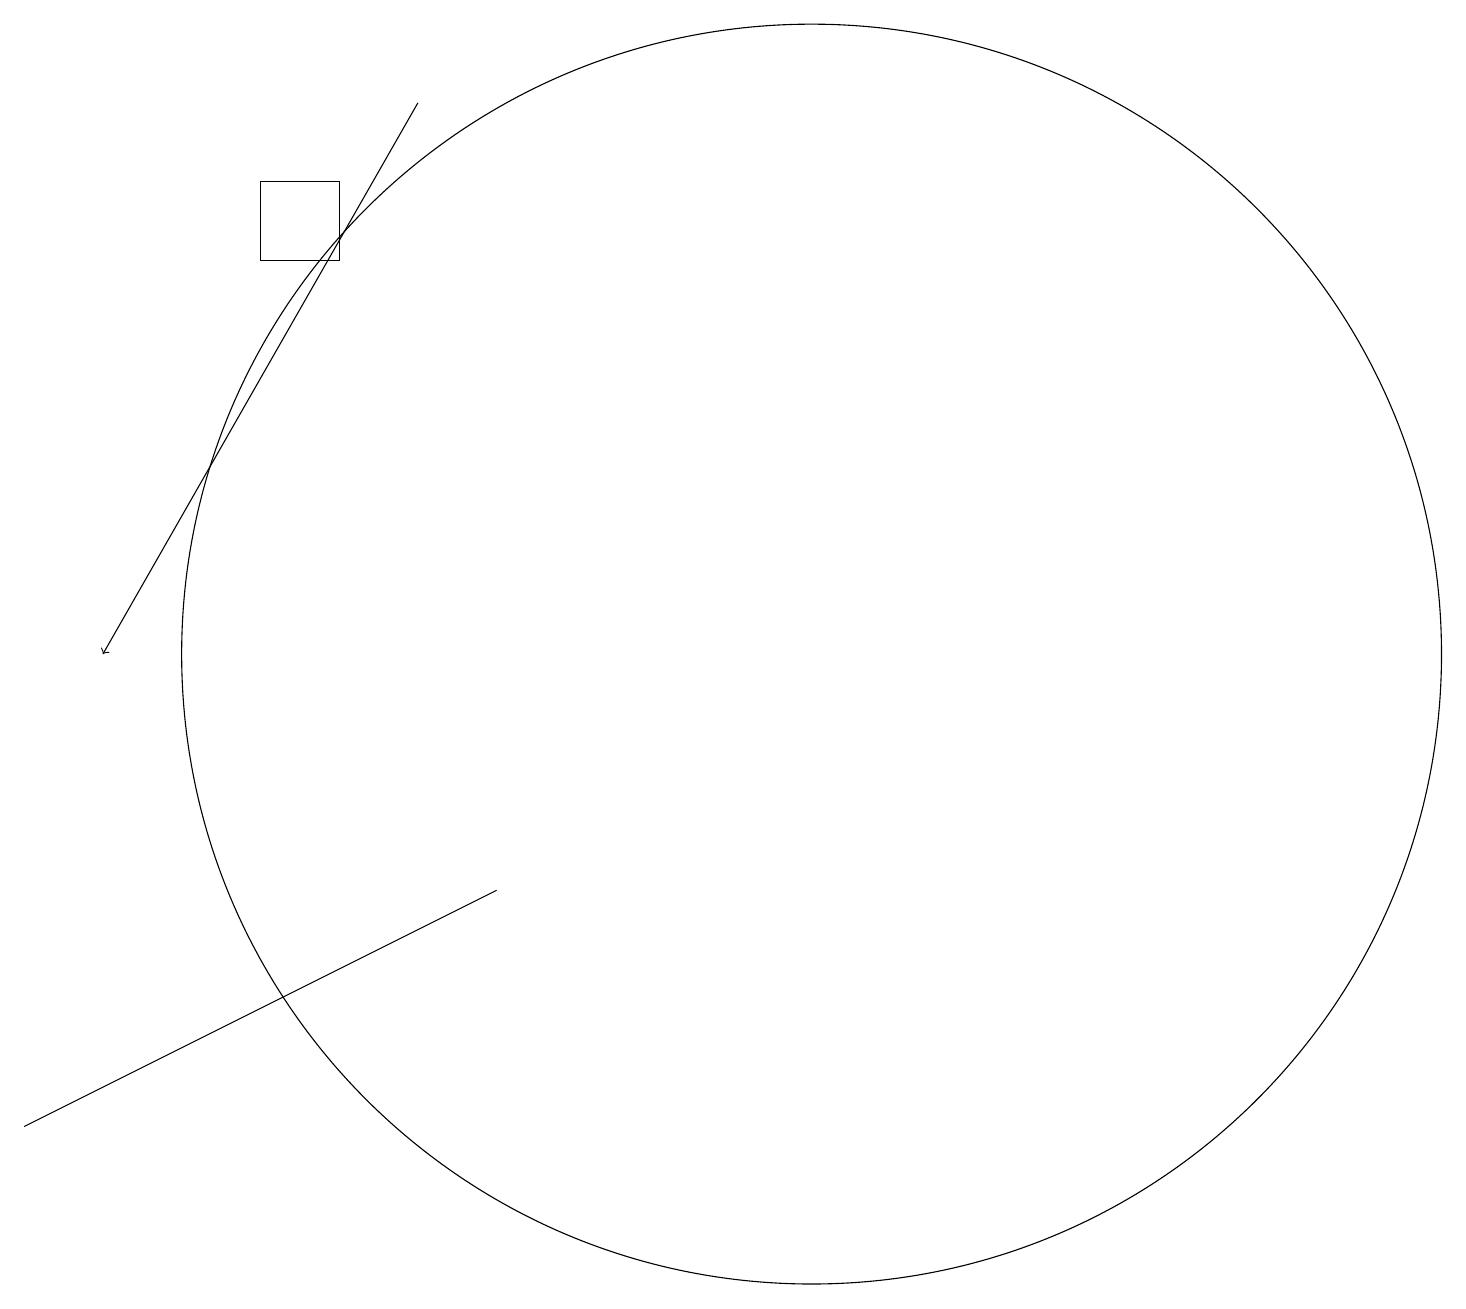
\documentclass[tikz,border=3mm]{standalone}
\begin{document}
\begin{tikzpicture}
\draw (2,5) -- (0,4) -- (6,7) -- cycle;
\draw (10,10) circle (8);
\draw (3,15) rectangle (4,16);
\draw[->] (5,17) -- (1,10);
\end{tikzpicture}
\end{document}